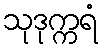
သုဒုက္ကရံ